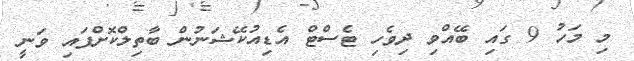
މި މަހު 9 ގައި ބޭއްވި ދިވެހި ޓެސްޓް އެޑިއުކޭޝަނުން ބާތިލްކޮށްފައި ވަނީ